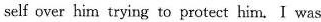
self over him trying to protect him. I was